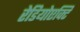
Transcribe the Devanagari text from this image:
रेडियोएक्टि